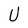
Character: U